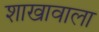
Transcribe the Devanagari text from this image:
शाखावाला